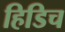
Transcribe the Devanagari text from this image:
हिडिच